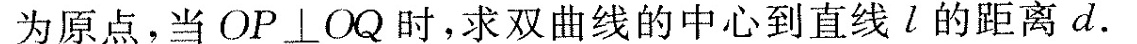
为原点，当OP\bot Q时，求双曲线的中心到直线l的距离d.